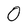
Character: 0